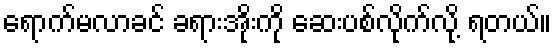
ရောက်မလာခင် ခရားအိုးကို ဆေးပစ်လိုက်လို့ ရတယ်။